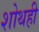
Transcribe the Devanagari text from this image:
शोथही